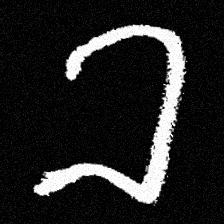
Pyu character \u2014 Myanmar letter: ခ (romanized: kha)